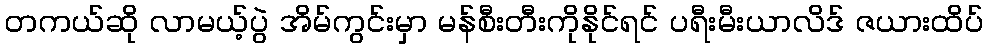
တကယ်ဆို လာမယ့်ပွဲ အိမ်ကွင်းမှာ မန်စီးတီးကိုနိုင်ရင် ပရီးမီးယာလိဒ် ဇယားထိပ်